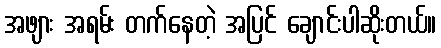
အဖျား အရမ်း တက်နေတဲ့ အပြင် ချောင်းပါဆိုးတယ်။